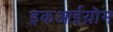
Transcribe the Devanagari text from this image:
इकआईय़ॊम